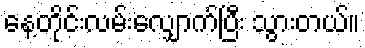
နေ့တိုင်းလမ်းလျှောက်ပြီး သွားတယ်။